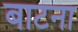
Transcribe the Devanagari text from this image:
बाटना